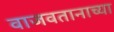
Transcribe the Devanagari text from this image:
वाजवतानाच्या